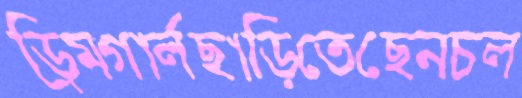
ড্রিমগার্লছাড়িতেছেনচল